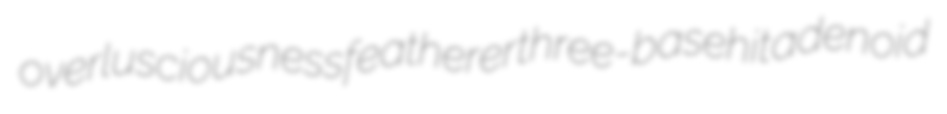
overlusciousness featherer three-basehit adenoid